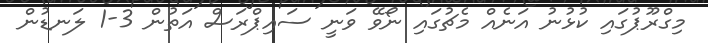
މިގްރޫޕުގައި ކުޅުނު އަނެއް މެޗުގައި ނޯވޭ ވަނީ ސައިޕްރަސް އަތުން 3-1 ލަނޑުން